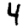
Digit: 4